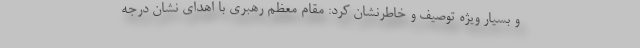
و بسیار ویژه توصیف و خاطرنشان کرد: مقام معظم رهبری با اهدای نشان درجه